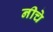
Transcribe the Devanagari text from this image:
नीचे